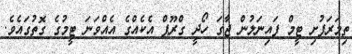
ތިމަރަފުށި ޓީމް ފައިނަލުން ޖާގަ ހޯދީ ގްރޫޕް އެކެއްގެ އެއްވަނަ ޓީމުގެ ގޮތުގައެވެ.